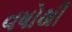
વષોથી